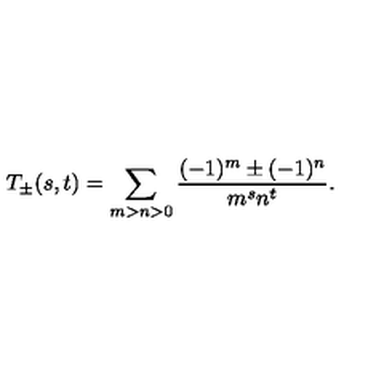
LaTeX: T _ { \pm } ( s , t ) = \sum _ { m > n > 0 } \frac { ( - 1 ) ^ { m } \pm ( - 1 ) ^ { n } } { m ^ { s } n ^ { t } } .